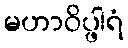
မဟာဝိပ္ဖါရံ